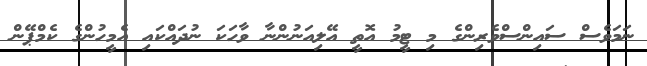
ނަމަވެސް ސައިންސްވެރިންގެ މި ޓީމު އޮތީ އޭލިއަނުންނާ ވާހަކަ ނުދައްކައި އެމީހުންގެ ކެމްޕޭން